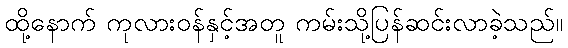
ထို့နောက် ကုလားဝန်နှင့်အတူ ကမ်းသို့ပြန်ဆင်းလာခဲ့သည်။